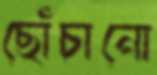
ছোঁচানো